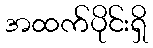
အထက်ပိုင်းရှိ